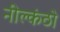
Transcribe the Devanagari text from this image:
नील्कंठो